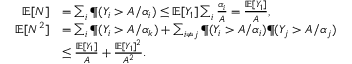
\begin{array} { r l } { \mathbb { E } [ N ] } & { = \sum _ { i } \P ( Y _ { i } > A / \alpha _ { i } ) \leq \mathbb { E } [ Y _ { 1 } ] \sum _ { i } \frac { \alpha _ { i } } A = \frac { \mathbb { E } [ Y _ { 1 } ] } { A } , } \\ { \mathbb { E } [ N ^ { 2 } ] } & { = \sum _ { i } \P ( Y _ { i } > A / \alpha _ { k } ) + \sum _ { i \neq j } \P ( Y _ { i } > A / \alpha _ { i } ) \P ( Y _ { j } > A / \alpha _ { j } ) } \\ & { \leq \frac { \mathbb { E } [ Y _ { 1 } ] } { A } + \frac { \mathbb { E } [ Y _ { 1 } ] ^ { 2 } } { A ^ { 2 } } . } \end{array}